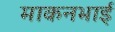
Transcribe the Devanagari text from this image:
माकनभाई